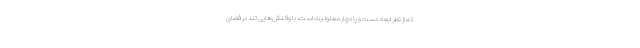
که از نظر ابعاد دست و پا دچار معلولیت است، با واکنش‌هایی تند در فضای